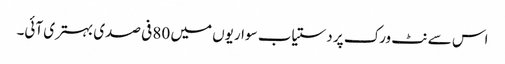
اس سے نٹ ورک پر دستیاب سواریوں میں 80 فی صدی بہتری آئی۔